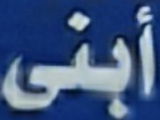
أبنى